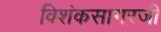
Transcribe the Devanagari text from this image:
विशंकसागरजी